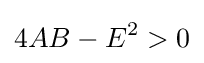
4AB-E^{2}>0